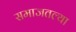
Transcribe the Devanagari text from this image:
समाजतल्या